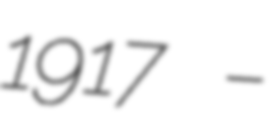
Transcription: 1917 –